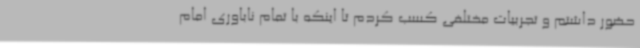
حضور داشتم و تجربیات مختلفی کسب کردم تا اینکه با تمام ناباوری امام